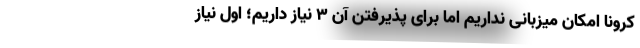
کرونا امکان میزبانی نداریم اما برای پذیرفتن آن ۳ نیاز داریم؛ اول نیاز